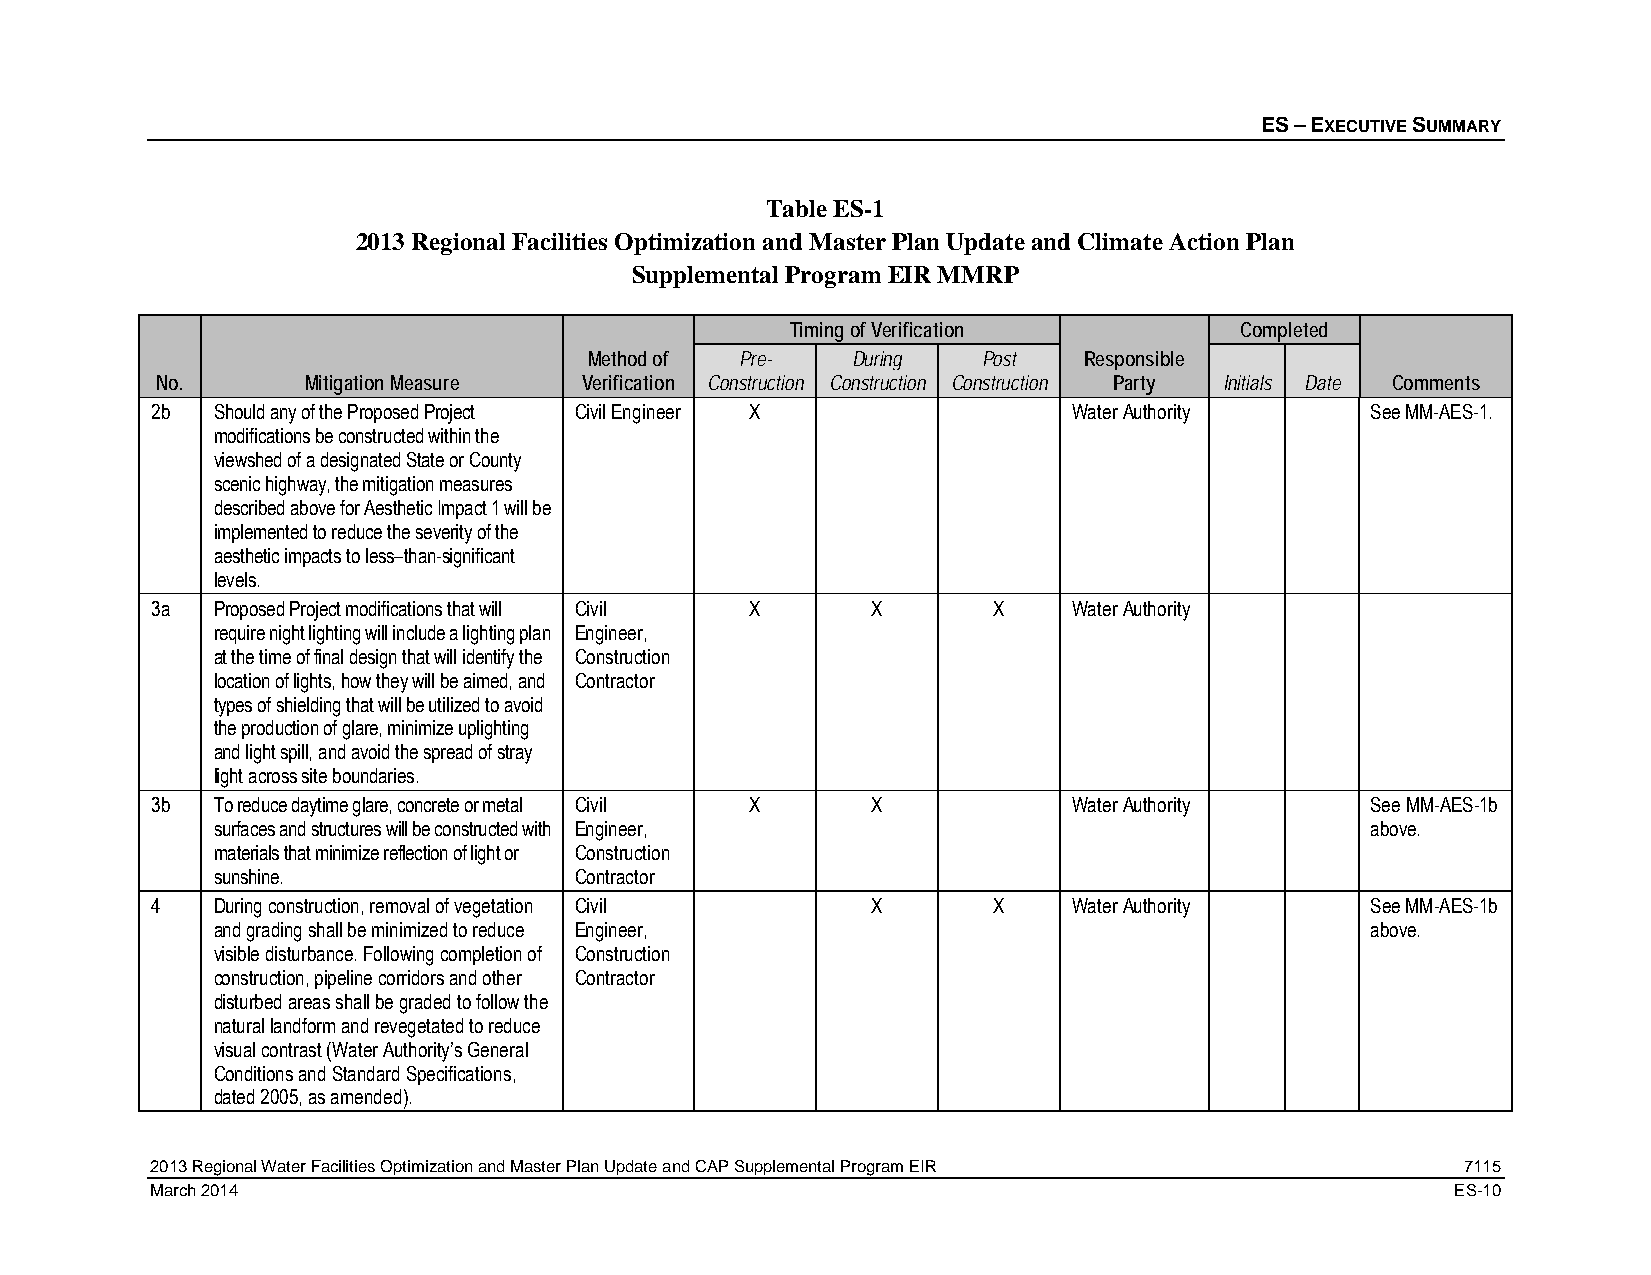
ES – EXECUTIVE SUMMARY
 Table ES-1
 2013 Regional Facilities Optimization and Master Plan Update and Climate Action Plan
 Supplemental Program EIR MMRP
 Timing of Verification        Completed
 Method of Pre-   During   Post   Responsible
 No.       Mitigation Measure Verification Construction Construction Construction Party Initials Date Comments
 2b  Should any of the Proposed Project Civil Engineer X      Water Authority     See MM-AES-1.
 modifications be constructed within the
 viewshed of a designated State or County
 scenic highway, the mitigation measures
 described above for Aesthetic Impact 1 will be
 implemented to reduce the severity of the
 aesthetic impacts to less–than-significant
 levels.
 3a  Proposed Project modifications that will Civil X X  X    Water Authority
 require night lighting will include a lighting plan Engineer,
 at the time of final design that will identify the Construction
 location of lights, how they will be aimed, and Contractor
 types of shielding that will be utilized to avoid
 the production of glare, minimize uplighting
 and light spill, and avoid the spread of stray
 light across site boundaries.
 3b  To reduce daytime glare, concrete or metal Civil X X     Water Authority     See MM-AES-1b
 surfaces and structures will be constructed with Engineer,                   above.
 materials that minimize reflection of light or Construction
 sunshine.               Contractor
 4   During construction, removal of vegetation Civil X  X    Water Authority     See MM-AES-1b
 and grading shall be minimized to reduce Engineer,                           above.
 visible disturbance. Following completion of Construction
 construction, pipeline corridors and other Contractor
 disturbed areas shall be graded to follow the
 natural landform and revegetated to reduce
 visual contrast (Water Authority’s General
 Conditions and Standard Specifications,
 dated 2005, as amended).
 2013 Regional Water Facilities Optimization and Master Plan Update and CAP Supplemental Program EIR 7115
 March 2014                                                                            ES-10